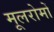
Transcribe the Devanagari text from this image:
मूलरोमों